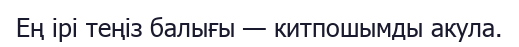
Ең ірі теңіз балығы — китпошымды акула.